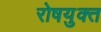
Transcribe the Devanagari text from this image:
रोषयुक्त